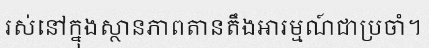
រស់នៅក្នុងស្ថានភាពតានតឹងអារម្មណ៍ជាប្រចាំ។